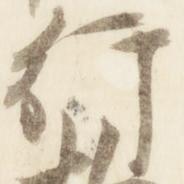
行